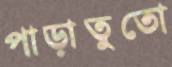
পাড়াতুতো